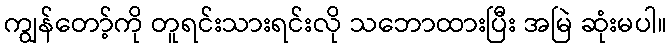
ကျွန်တော့်ကို တူရင်းသားရင်းလို သဘောထားပြီး အမြဲ ဆုံးမပါ။